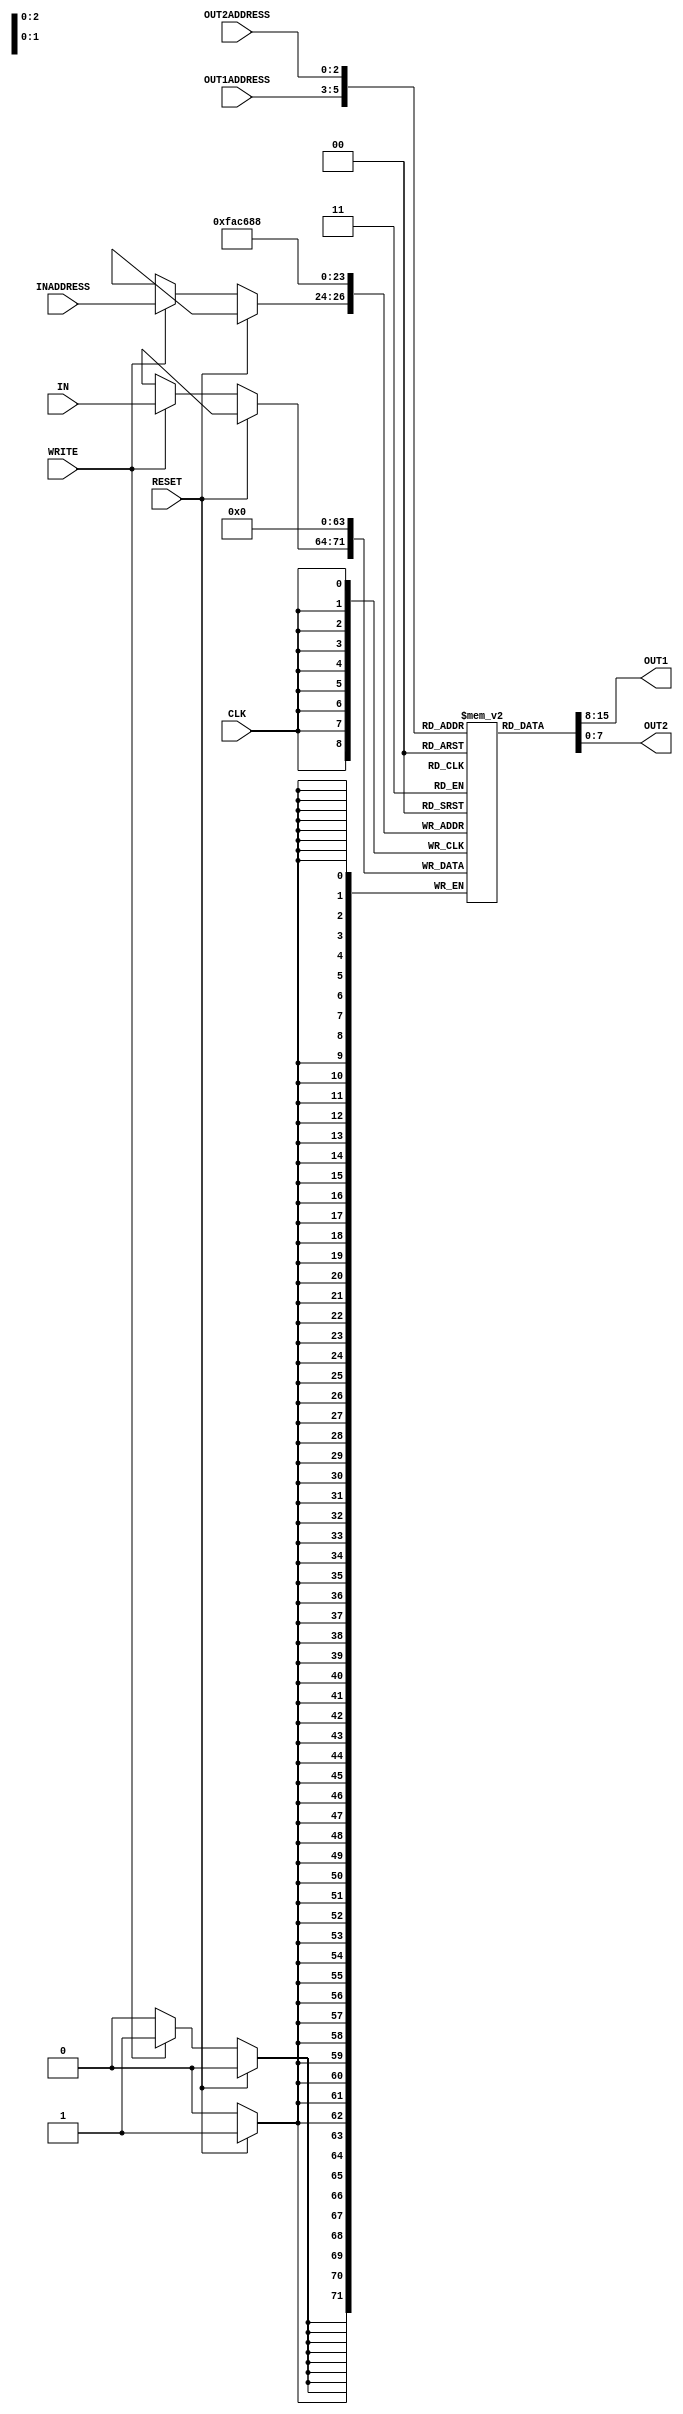
/*
    * CO224 - Computer Architecture
    * Lab 05 - Part 3
    * reg_file module
    * Group 09 (E/20/148, E/20/157)
    * 2024-04-24
    * Version 1.0
*/

module reg_file(IN, OUT1, OUT2, INADDRESS, OUT1ADDRESS, OUT2ADDRESS, WRITE, CLK, RESET);
    // Port declaration
    input [7:0] IN; // Data input for writing
    input [2:0] INADDRESS; 
    input [2:0] OUT1ADDRESS, OUT2ADDRESS; // Data addresses


    input CLK, RESET, WRITE; // Control signals

    output reg [7:0] OUT1, OUT2; // Data outputs

    // Register Allocation
    reg [7:0] REGISTER [7:0]; // 8 x 8 register block

    // variable for counting
    integer i;

    // Asynchronous Data Operations (READ)
    always @ (OUT1ADDRESS, OUT2ADDRESS)
    begin
      //if (WRITE == 1'b0) begin
        #2   // Artificial delay of 2 time units
        OUT1 = REGISTER[OUT1ADDRESS];
        OUT2 = REGISTER[OUT2ADDRESS];
        //$display("READ DATA:: \tREG[%d]: %b \tREG[%d]: %b", OUT1ADDRESS, OUT1, OUT2ADDRESS, OUT2);
        //$display("REG[0]: %b\nREG[1]: %b\nREG[2]: %b\nREG[3]: %b\nREG[4]: %b\nREG[5]: %b\nREG[6]: %b\nREG[7]: %b", REGISTER[0], REGISTER[1], REGISTER[2], REGISTER[3], REGISTER[4], REGISTER[5], REGISTER[6], REGISTER[7]);
      end

    // Synchronous Data Operations (WRITE, RESET)
    always @ (posedge CLK)
    begin
      // RESET (Highest Priority Operation)
      if (RESET == 1'b1) begin
        $display("RESET MEMORY");
        #1 for(i=0; i<8; i = i+1) begin
          REGISTER[i] = 8'b0000_0000;
        end
      end

      // WRITE
      else if (WRITE == 1'b1) begin
        //$display("REG[0]: %b\nREG[1]: %b\nREG[2]: %b\nREG[3]: %b\nREG[4]: %b\nREG[5]: %b\nREG[6]: %b\nREG[7]: %b", REGISTER[0], REGISTER[1], REGISTER[2], REGISTER[3], REGISTER[4], REGISTER[5], REGISTER[6], REGISTER[7]);
        $display("WRITE DATA\t REG: %d \tDATA: 0x%h", INADDRESS, IN);
        #1 REGISTER[INADDRESS] = IN; // Writing data to the given register
      end
    end

    always @ (INADDRESS, OUT1ADDRESS, OUT2ADDRESS, RESET) begin
      $display("REG[0]: 0x%h\nREG[1]: 0x%h\nREG[2]: 0x%h\nREG[3]: 0x%h\nREG[4]: 0x%h\nREG[5]: 0x%h\nREG[6]: 0x%h\nREG[7]: 0x%h", REGISTER[0], REGISTER[1], REGISTER[2], REGISTER[3], REGISTER[4], REGISTER[5], REGISTER[6], REGISTER[7]);
    end

endmodule